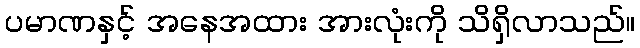
ပမာဏနှင့် အနေအထား အားလုံးကို သိရှိလာသည်။